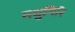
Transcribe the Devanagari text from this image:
मधुगिरि